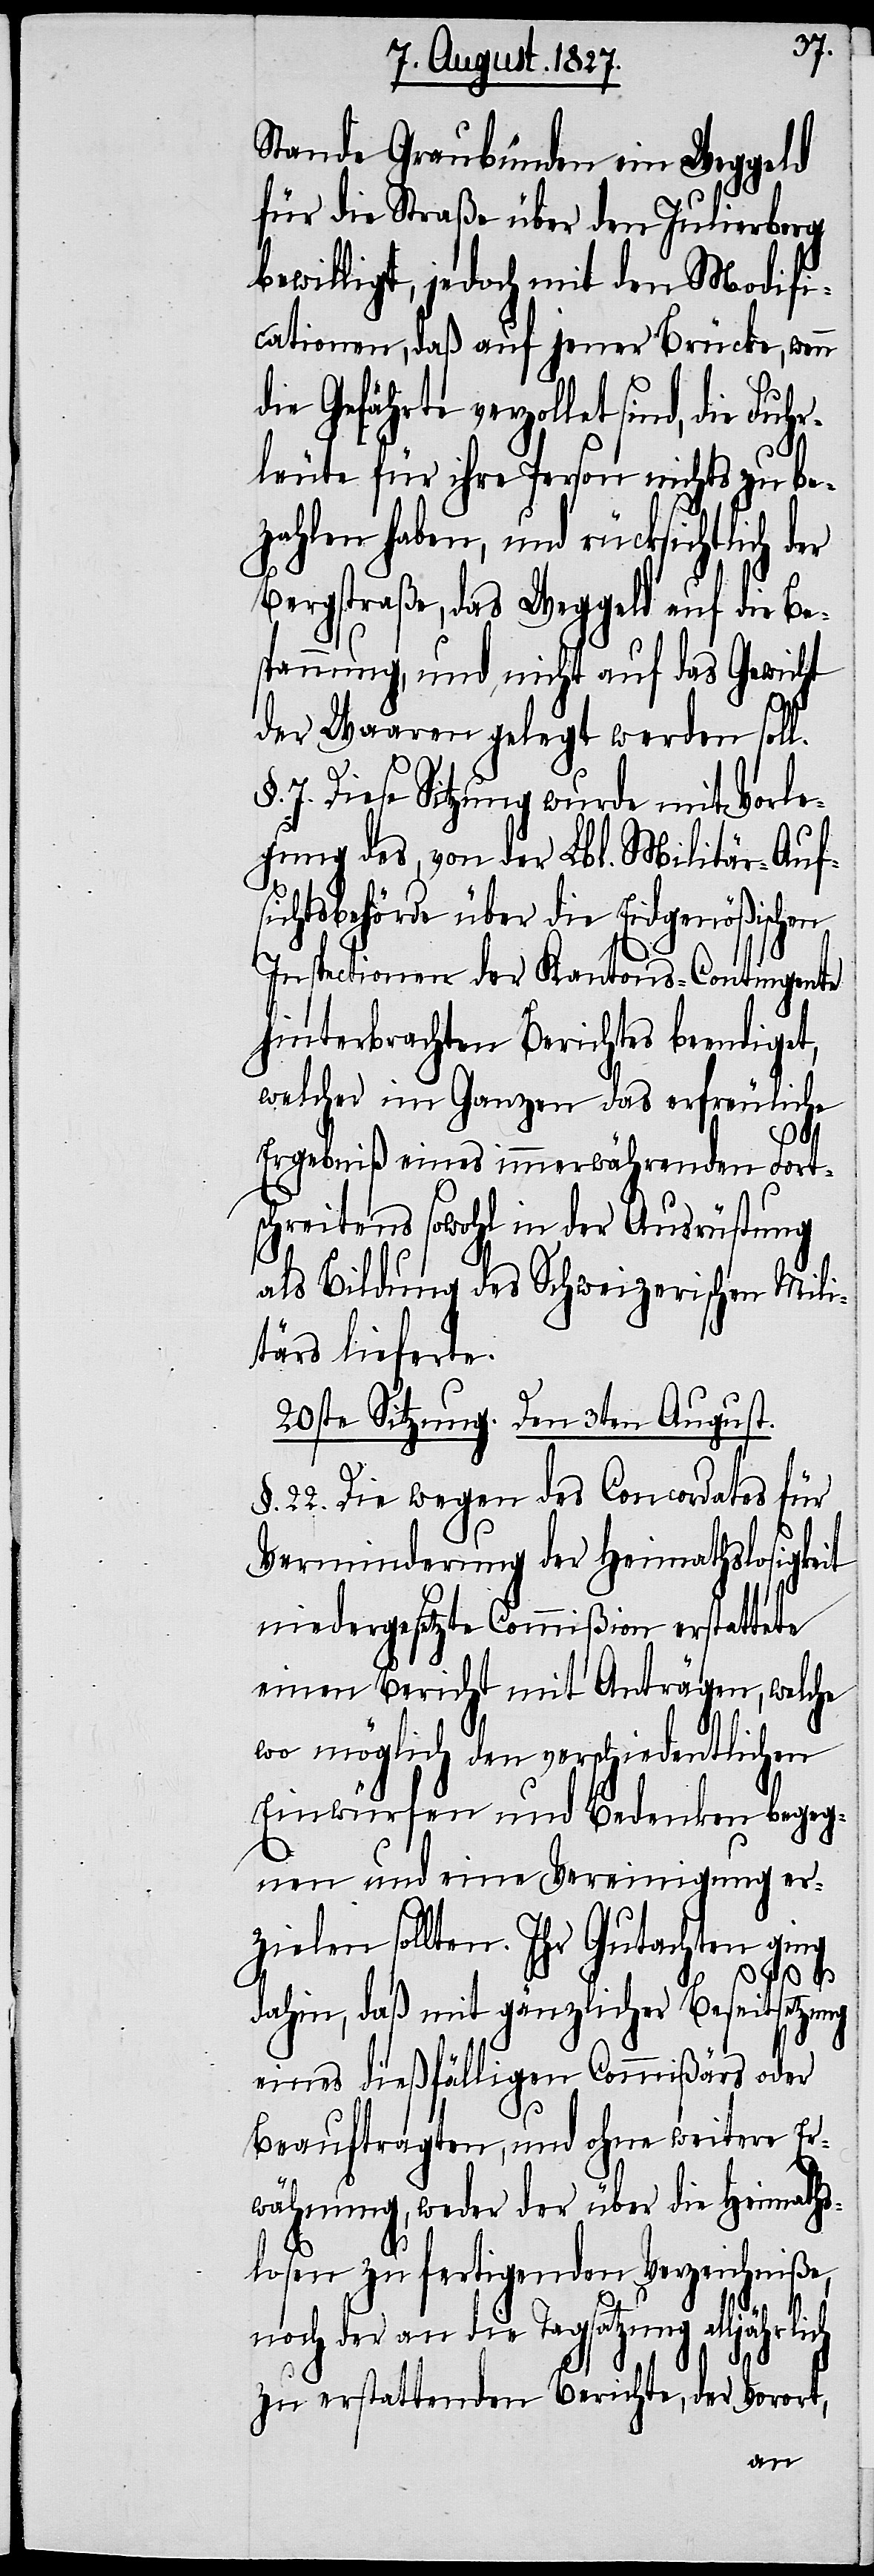
Stande Graubünden ein Weggeld
für die Straße über den Julierberg
bewilligt, jedoch mit den Modifi¬
cationen, daß auf jener Brücke, wenn
die Gefährte verzollet sind, die
n¬
leute für ihre Person nichts zu be¬
zahlen haben, und rücksichtlich
Bergstraße, das Weggeld auf die Be¬
spannung, und nicht auf das Gewicht
der Waaren gelegt werden soll.
7. Diese Sitzung wurde mit Vorle¬
gung des, von der Lbl. Militär-Auf¬
sichtsbehörde über die Eidgenößischen
Inspectionen der Kantons-Contingente
hinterbrachten Berichtes beendiget,
welcher im Ganzen das erfreuliche
rlich
Ergebniß eines immerwährenden Fort¬
schreitens sowohl in der Ausrüstung
als Bildung des Schweizerischen Mili¬
tärs lieferte.
20ste Sitzung. Den 3ten August.
§. 22. Die wegen des Concordates für
Verminderung der Heimathslosigkeit
niedergesetzte Commißion erstattete
einen Bericht mit Anträgen, welche
wo möglich den verschiedentlichen
Einwürfen und Bedenken begeg¬
nen und eine Vereinigung er¬
zielen sollten. Ihr Gutachten ging
dahin, daß mit gänzlicher Beseitsetzung
eines dießfälligen Commißärs oder
Beauftragten, und ohne weitere Er¬
wähnung, weder der über die Heimaths¬
losen zu fertigenden Verzeichniße,
och der an die Tagsatzung alljäh¬
zu erstattende Berichte, der Vorort